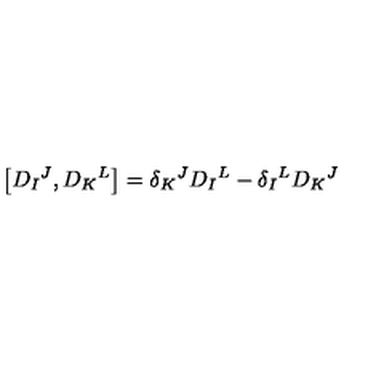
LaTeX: \left[ D _ { I } { } ^ { J } , D _ { K } { } ^ { L } \right] = \delta _ { K } { } ^ { J } D _ { I } { } ^ { L } - \delta _ { I } { } ^ { L } D _ { K } { } ^ { J }